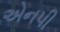
એનપી